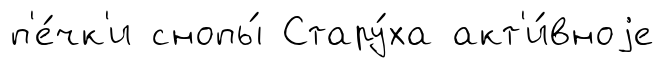
п'е́чк'и снопы́ Стару́ха акт'и́вноjе